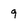
Character: 9